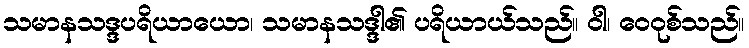
သမာနသဒ္ဒပရိယာယော၊ သမာနသဒ္ဒါ၏ ပရိယာယ်သည်။ ဝါ၊ ဝေဝုစ်သည်။